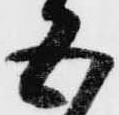
五